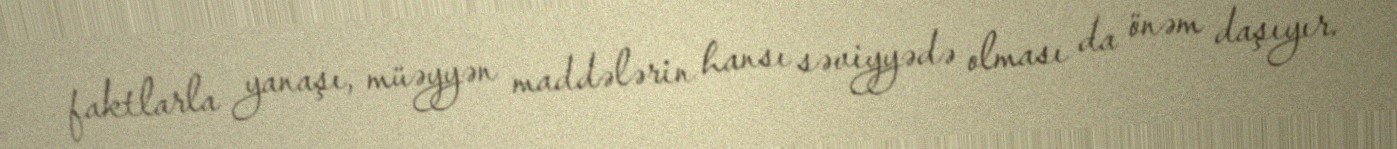
faktlarla yanaşı, müəyyən maddələrin hansı səviyyədə olması da önəm daşıyır.